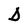
Character: D